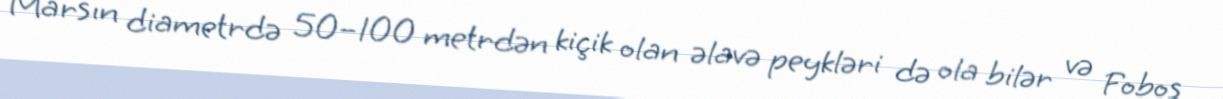
Marsın diametrdə 50–100 metrdən kiçik olan əlavə peykləri də ola bilər və Fobos